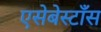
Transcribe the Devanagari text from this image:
एसेबेस्टाँस